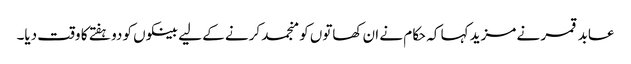
عابد قمر نے مزید کہا کہ حکام نے ان کھاتوں کو منجمد کرنے کے لیے بینکوں کو دو ہفتے کا وقت دیا۔